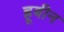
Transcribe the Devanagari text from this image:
ह्रूबीन